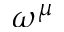
\omega ^ { \mu }